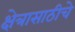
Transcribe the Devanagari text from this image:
क्षेत्रासाठीचे